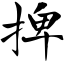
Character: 捭